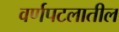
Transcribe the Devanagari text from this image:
वर्णपटलातील